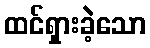
ထင်ရှားခဲ့သော